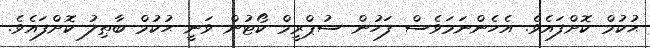
ޙުކުމް ކޮށްފައެވެ. އެހެންނަމަވެސް ފަހުން ސުޕްރީމް ކޯޓުން ވަނީ ޙުކުމް ބާޠިލު ކޮށްފައެވެ.